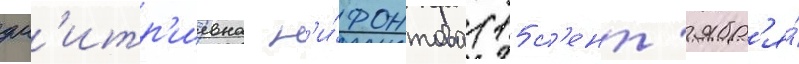
дм'итр'иевна н'и́фонтова (15 с'ент'ябр'я́